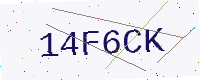
Text: 14F6CK